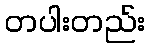
တပါးတည်း